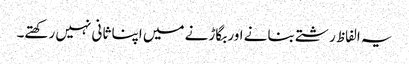
یہ الفاظ رشتے بنانے اور بگاڑنے میں اپنا ثانی نہیں رکھتے۔